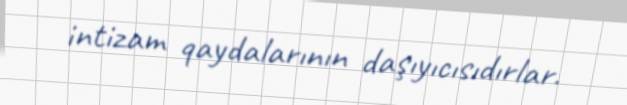
intizam qaydalarının daşıyıcısıdırlar.